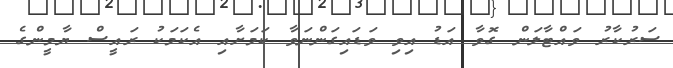
ސަރުކާރު ވައްޓާލަން ގޮވާ އަޑު އިވި ވަޑައިގަންނަވާ ކަމަށާއި އެކަމަކު ރައީސް ޔާމީންގެ